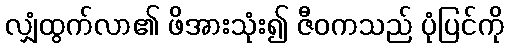
လျှံထွက်လာ၏ ဖိအားသုံး၍ ဇီဝကသည် ပုံပြင်ကို